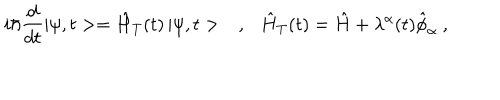
i \hbar \frac { d } { d t } | \psi , t > = \hat { H } _ { T } ( t ) \, | \psi , t > \ \ \ , \ \ \ \hat { H } _ { T } ( t ) = \hat { H } + \lambda ^ { \alpha } ( t ) \hat { \phi } _ { \alpha } \ ,